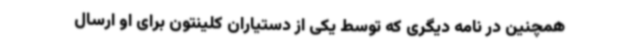
همچنین در نامه دیگری که توسط یکی از دستیاران کلینتون برای او ارسال